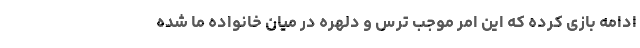
ادامه بازی کرده که این امر موجب ترس و دلهره در میان خانواده ما شده